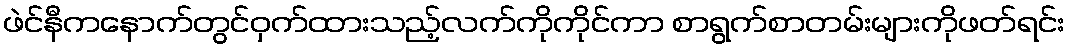
ဖဲင်နီကနောက်တွင်ဝှက်ထားသည့်လက်ကိုကိုင်ကာ စာရွက်စာတမ်းများကိုဖတ်ရင်း